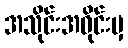
အသိုင်းအဝိုင်းမှ